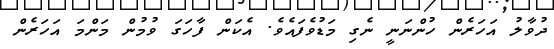
ދުވާލު އަހަރެން ހުންނަނީ ނެގި މަޑުވެފައެވެ. އެކަން ފާހަގަ ވުމުން މަންމަ އަހަރެން